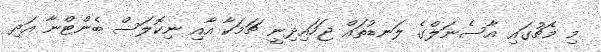
މި މެޗުގައި އާސެނަލްގެ ލަނޑުތައް ޖަހައިދިނީ ޗަމަކާ އާއި ނިކޮލަސް ބެންޓްނާ އަދި